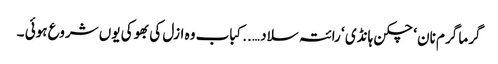
گرما گرم نان ‘ چکن ہانڈی ‘ رائتہ سلاد …..کباب وہ ازل کی بھوکی یوں شروع ہوئی ۔